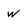
Character: w